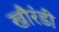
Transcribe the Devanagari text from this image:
खौरंडी